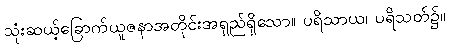
သုံးဆယ့်ခြောက်ယူဇနာအတိုင်းအရှည်ရှိသော။ ပရိသာယ၊ ပရိသတ်၌။